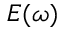
E ( \omega )